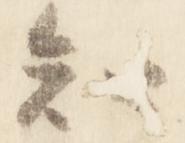
知